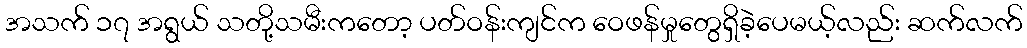
အသက် ၁၇ အရွယ် သတို့သမီးကတော့ ပတ်ဝန်းကျင်က ဝေဖန်မှုတွေရှိခဲ့ပေမယ့်လည်း ဆက်လက်